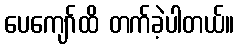
ပေကျော်ထိ တက်ခဲ့ပါတယ်။